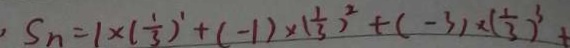
S _ { n } = 1 \times ( \frac { 1 } { 3 } ) ^ { 1 } + ( - 1 ) \times ( \frac { 1 } { 3 } ) ^ { 2 } + ( - 3 ) \times ( \frac { 1 } { 3 } ) ^ { 3 } +